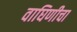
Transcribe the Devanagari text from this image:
वाघिणीचा